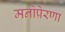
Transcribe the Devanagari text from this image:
मनोप्रेरणा